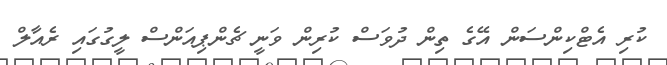
ކުރި އެޓްކިންސަން އޭގެ ތިން ދުވަސް ކުރިން ވަނީ ޗެންޕިއަންސް ލީގުގައި ރެއާލް